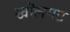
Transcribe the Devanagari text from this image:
खॊलगट